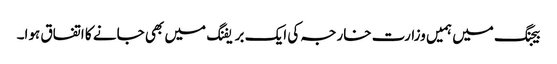
بیجنگ میں ہمیں وزارت خارجہ کی ایک بریفنگ میں بھی جانے کا اتفاق ہوا۔